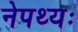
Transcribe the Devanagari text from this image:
नेपथ्यः